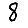
Digit: 8